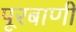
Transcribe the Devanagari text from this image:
पूरबाणी